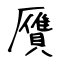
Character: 贋